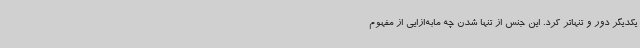
یکدیگر دور و تنهاتر کرد. این جنس از تنها شدن چه مابه‌ازایی از مفهوم